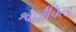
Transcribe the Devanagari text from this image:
श्वार्ज़चिल्ड